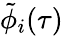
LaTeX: \tilde{\phi}_{i}(\tau)